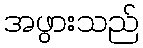
အဖွားသည်